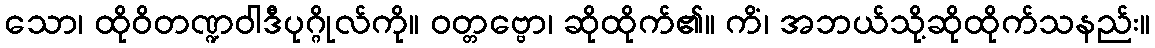
သော၊ ထိုဝိတဏ္ဍဝါဒီပုဂ္ဂိုလ်ကို။ ဝတ္တဗ္ဗော၊ ဆိုထိုက်၏။ ကိံ၊ အဘယ်သို့ဆိုထိုက်သနည်း။